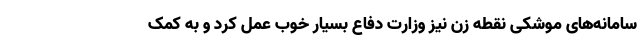
سامانه‌های موشکی نقطه زن نیز وزارت دفاع بسیار خوب عمل کرد و به کمک